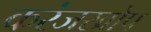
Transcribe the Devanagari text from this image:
करंजखोप